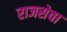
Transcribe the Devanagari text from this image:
राजसेवा